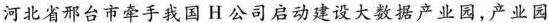
河北省邢台市牵手我国H公司启动建设大数据产业园